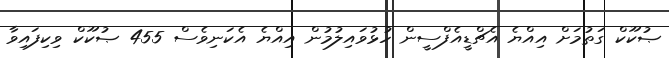
ޞުކޫކް ގަތުމަށް އިއްޔެ އެޗްޑީއެފްސީން ހުޅުވައިލުމުން އިއްޔެ އެކަނިވެސް 455 ޞުކޫކް ވިކިފައިވާ